Vaccination in Bombay 1913-1923 - 1913-1923
Year: 1913
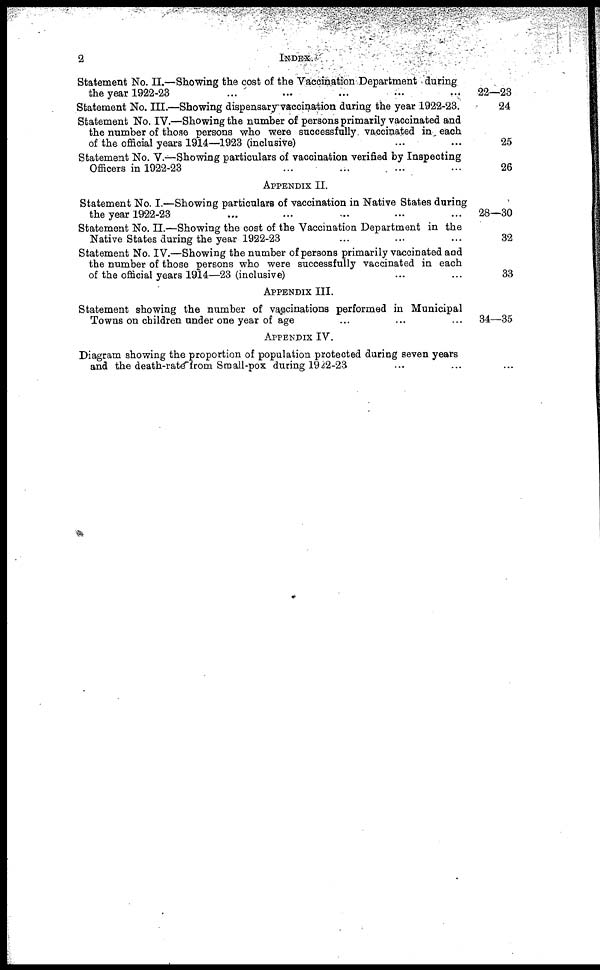
2
INDEX.
Statement No. II.—Showing the cost of the Vaccination Department during
the year 1922-23 ... ... ... ... ...
Statement No. III.—Showing dispensary vaccination during the year 1922-23.
Statement No. IV.—Showing the number of persons primarily vaccinated and
the number of those persons who were successfully vaccinated in each
of the official years 1914—1923 (inclusive) ... ...
Statement No. V.—Showing particulars of vaccination verified by Inspecting
Officers in 1922-23 ... ... ... ...
APPENDIX II.
Statement No. I.—Showing particulars of vaccination in Native States during
the year 1922-23 ... ... ... ... ...
Statement No. II.—Showing the cost of the Vaccination Department in the
Native States during the year 1922-23 ... ... ...
Statement No. IV.—Showing the number of persons primarily vaccinated and
the number of those persons who were successfully vaccinated in each
of the official years 1914—23 (inclusive) ... ...
APPENDIX III.
Statement showing the number of vaccinations performed in Municipal
Towns on children under one year of age ... ... ...
APPENDIX IV.
22—23
24
25
26
28—30
32
33
34—35
Diagram showing the proportion of population protected during seven years
and the death-rate from Small-pox during 1922-23
...
...
...